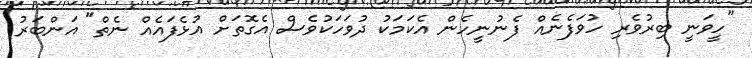
"ހީވަނީ ބިރުވެރި ހުވަފެނެއް ފެނުނީހެން އެކަމަކު ދުވަހަކުވެސް އެގޮތަށް އުޅެފައެއް ނެތް" އަންބަރު